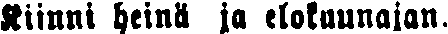
Kiinni heinä ja elokuunajan.